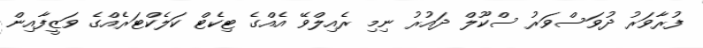
ފުރާވަރު ދުވަސްވަރު ސްކޫލް ދައުރު ނިމި ރެއިލްވޭ އެއްގެ ޓިކެޓް ކަލެެކްޓަރެއްގެ ވަޒީފާއިން